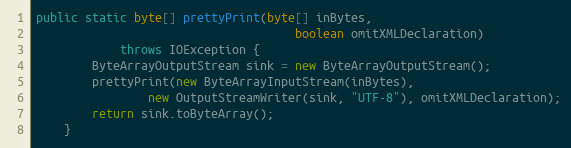
Language: Java
public static byte[] prettyPrint(byte[] inBytes,
                                     boolean omitXMLDeclaration)
            throws IOException {
        ByteArrayOutputStream sink = new ByteArrayOutputStream();
        prettyPrint(new ByteArrayInputStream(inBytes),
                new OutputStreamWriter(sink, "UTF-8"), omitXMLDeclaration);
        return sink.toByteArray();
    }